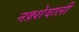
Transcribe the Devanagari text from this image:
नक़्शेवाली